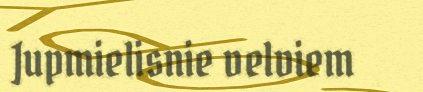
Jupmielisnie velviem